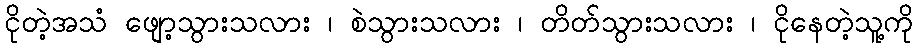
ငိုတဲ့အသံ ဖျော့သွားသလား ၊ စဲသွားသလား ၊ တိတ်သွားသလား ၊ ငိုနေတဲ့သူ့ကို